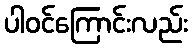
ပါဝင်ကြောင်းလည်း